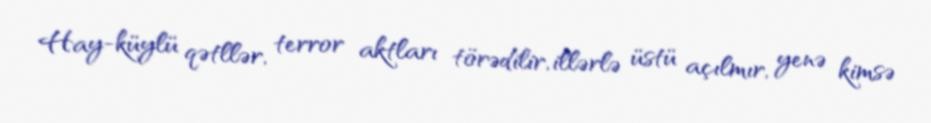
Hay-küylü qətllər, terror aktları törədilir, illərlə üstü açılmır, yenə kimsə